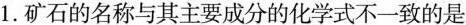
1.矿石的名称与其主要成分的化学式不一致的是